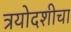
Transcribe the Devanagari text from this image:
त्रयोदशीचा